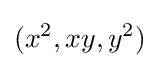
(x^{2},xy,y^{2})